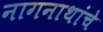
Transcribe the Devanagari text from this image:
नागनाथांचे